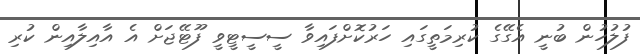
ފުލުހުން ބުނީ އެގޭގެ ކުރިމަތީގައި ހަރުކޮށްފައިވާ ސީސީޓީވީ ފޫޓޭޖަށް އެ އާއިލާއިން ކުރި